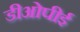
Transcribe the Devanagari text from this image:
डीओपीई